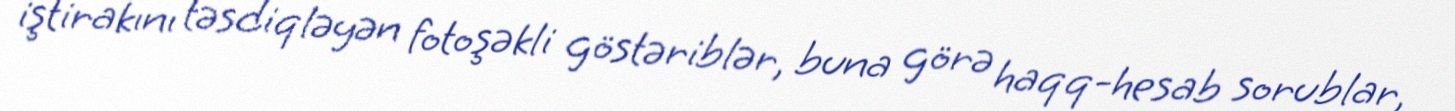
iştirakını təsdiqləyən fotoşəkli göstəriblər, buna görə haqq-hesab sorublar,